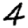
Digit: 4